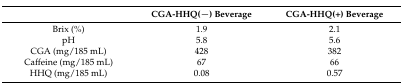
<table><thead><tr><td></td><td><b>CGA-HHQ(−) Beverage</b></td><td><b>CGA-HHQ(+) Beverage</b></td></tr></thead><tbody><tr><td>Brix (%)</td><td>1.9</td><td>2.1</td></tr><tr><td>pH</td><td>5.8</td><td>5.6</td></tr><tr><td>CGA (mg/185 mL)</td><td>428</td><td>382</td></tr><tr><td>Caffeine (mg/185 mL)</td><td>67</td><td>66</td></tr><tr><td>HHQ (mg/185 mL)</td><td>0.08</td><td>0.57</td></tr></tbody></table>